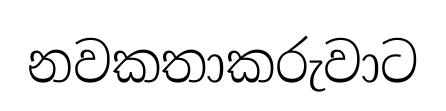
නවකතාකරුවාට